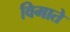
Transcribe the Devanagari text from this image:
विमाते